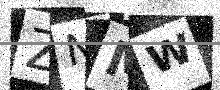
Text: ZNMW